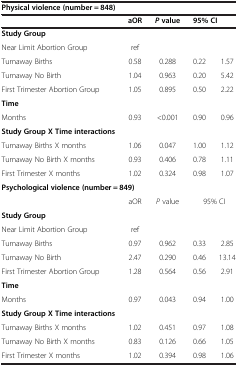
<table><thead><tr><td colspan="5"><b>Physical violence (number = 848)</b></td></tr><tr><td></td><td><b>aOR</b></td><td><b><i>P</i>value</b></td><td colspan="2"><b>95% CI</b></td></tr></thead><tbody><tr><td><b>Study Group</b></td><td></td><td></td><td></td><td></td></tr><tr><td>Near Limit Abortion Group</td><td>ref</td><td></td><td></td><td></td></tr><tr><td>Turnaway Births</td><td>0.58</td><td>0.288</td><td>0.22</td><td>1.57</td></tr><tr><td>Turnaway No Birth</td><td>1.04</td><td>0.963</td><td>0.20</td><td>5.42</td></tr><tr><td>First Trimester Abortion Group</td><td>1.05</td><td>0.895</td><td>0.50</td><td>2.22</td></tr><tr><td><b>Time</b></td><td></td><td></td><td></td><td></td></tr><tr><td>Months</td><td>0.93</td><td>&lt;0.001</td><td>0.90</td><td>0.96</td></tr><tr><td><b>Study Group X Time interactions</b></td><td></td><td></td><td></td><td></td></tr><tr><td>Turnaway Births X months</td><td>1.06</td><td>0.047</td><td>1.00</td><td>1.12</td></tr><tr><td>Turnaway No Birth X months</td><td>0.93</td><td>0.406</td><td>0.78</td><td>1.11</td></tr><tr><td>First Trimester X months</td><td>1.02</td><td>0.324</td><td>0.98</td><td>1.07</td></tr><tr><td colspan="5"><b>Psychological violence (number = 849)</b></td></tr><tr><td></td><td>aOR</td><td><i>P</i> value</td><td colspan="2">95% CI</td></tr><tr><td><b>Study Group</b></td><td></td><td></td><td></td><td></td></tr><tr><td>Near Limit Abortion Group</td><td>ref</td><td></td><td></td><td></td></tr><tr><td>Turnaway Births</td><td>0.97</td><td>0.962</td><td>0.33</td><td>2.85</td></tr><tr><td>Turnaway No Birth</td><td>2.47</td><td>0.290</td><td>0.46</td><td>13.14</td></tr><tr><td>First Trimester Abortion Group</td><td>1.28</td><td>0.564</td><td>0.56</td><td>2.91</td></tr><tr><td><b>Time</b></td><td></td><td></td><td></td><td></td></tr><tr><td>Months</td><td>0.97</td><td>0.043</td><td>0.94</td><td>1.00</td></tr><tr><td><b>Study Group X Time interactions</b></td><td></td><td></td><td></td><td></td></tr><tr><td>Turnaway Births X months</td><td>1.02</td><td>0.451</td><td>0.97</td><td>1.08</td></tr><tr><td>Turnaway No Birth X months</td><td>0.83</td><td>0.126</td><td>0.66</td><td>1.05</td></tr><tr><td>First Trimester X months</td><td>1.02</td><td>0.394</td><td>0.98</td><td>1.06</td></tr></tbody></table>